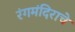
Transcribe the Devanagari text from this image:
रंगमंदिराचे